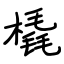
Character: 橇